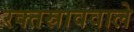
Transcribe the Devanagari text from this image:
रक्तस्राववाले